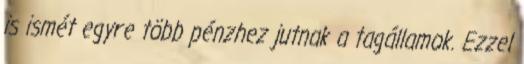
is ismét egyre több pénzhez jutnak a tagállamok. Ezzel